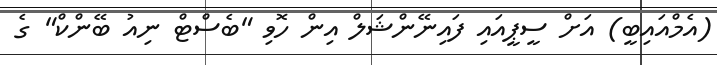
(އެމްއައިބީ) އަށް ސީޕީއައި ފައިނޭންޝަލް އިން ހޮވި "ބެސްޓް ނިއު ބޭންކް" ގެ